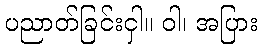
ပညာတ်ခြင်းငှါ။ ဝါ၊ အပြား